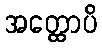
အတ္ထောပိ